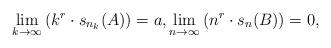
LaTeX: \begin{align*} \lim_{k \to \infty} \left( k^r \cdot s_{n_k}(A) \right) = a, \lim_{n \to \infty} \left( n^r \cdot s_{n}(B) \right) = 0,\end{align*}